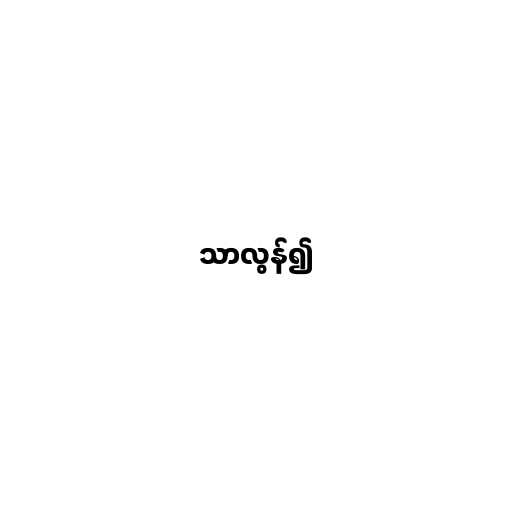
သာလွန်၍